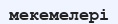
мекемелері